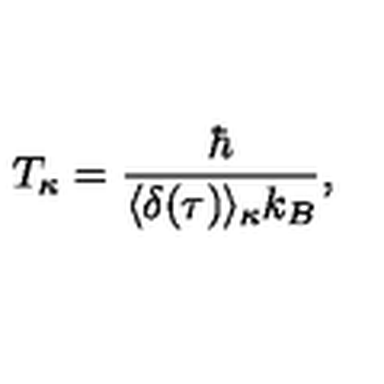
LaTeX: T _ { \kappa } = \frac { \hbar } { \langle \delta ( \tau ) \rangle _ { \kappa } k _ { B } } , \nonumber